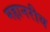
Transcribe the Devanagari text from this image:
महानरीय